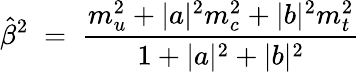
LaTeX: \hat{\beta}^{2}\; =\; \frac{m_{u}^{2}+|a|^{2}m_{c}^{2}+|b|^{2}m_{t}^{2}}{1+|a|^{2}+|b|^{2}}